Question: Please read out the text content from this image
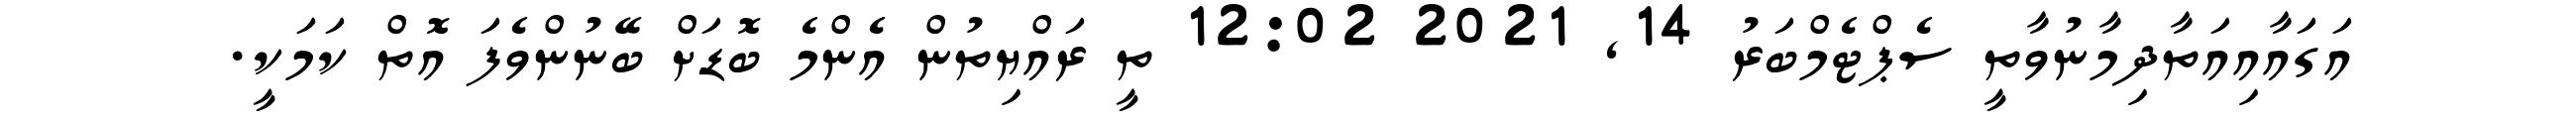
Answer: އަގައާއިއަތާދިމާނުވާތީ ސެޕްޓެމްބަރު 14, 2021 12:02 ތީ ރައްޔިތުން އެންމެ ބޮޑަށް ބޭނުންވެފަ އޮތް ކަމަކީ.